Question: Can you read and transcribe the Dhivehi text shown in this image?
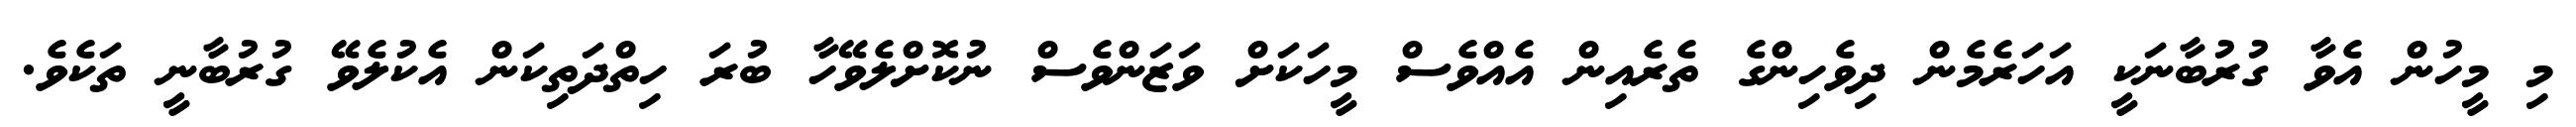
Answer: މި މީހުން އެވާ ގުރުބާނަކީ އަހަރެމެން ދިވެހިންގެ ތެރެއިން އެއްވެސް މީހަކަށް ވަޒަންވެސް ނުކޮށްލެވޭހާ ބުރަ ހިތްދަތިކަން އެކުލެވޭ ގުރުބާނީ ތަކެވެ.